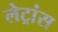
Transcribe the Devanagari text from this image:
लेट्रांस